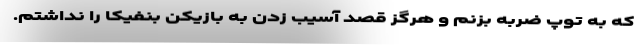
که به توپ ضربه بزنم و هرگز قصد آسیب زدن به بازیکن بنفیکا را نداشتم.